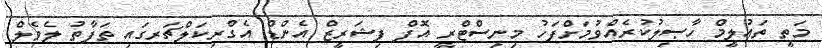
މަތީ ތަޢުލީމް ހާޞިލުކުރެއްވުމަށްފަހު މިނިސްޓްރީ އޮފް ފިޝަރީޒް އެންޑް އެގްރިކަލްޗަރގައި ތަފާތު ލެވެލް